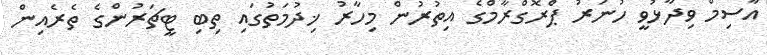
އާސިމް ވިދާޅުވީ ހުނަރު ޕްރޮގްރާމްގެ އިތުރުން މިހާރު ޚިދުމަތުގައި ތިބި ޓީޗަރުންގެ ތެރެއިން